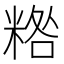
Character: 𥻀